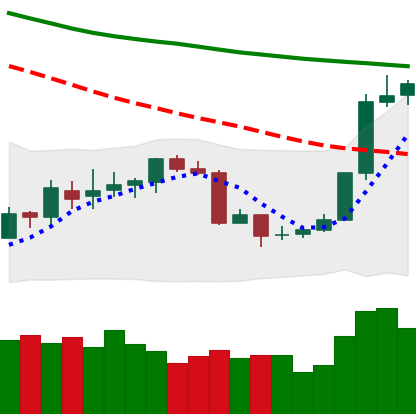
Ticker: BTC-USD
Chart end date: 2018-07-19
Forward return: 12.822%
Label: up_7plus